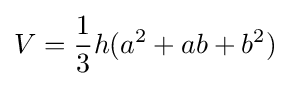
V={\frac {1}{3}}h(a^{2}+ab+b^{2})